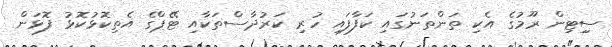
ސިިޓިން ރޫމުގެ އެކި ތަންތަނުގައި ކަފާފައި ހުރި ކަރުދާސްތަކާއި ޓޭޕްގެ އެތިކޮޅުކޮޅު ފޮޅަން